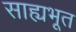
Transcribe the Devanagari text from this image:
साह्यभूत